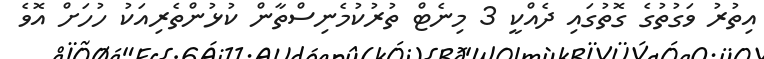
އިތުރު ވަގުތުގެ ގޮތުގައި ދެއްކީ 3 މިނެޓް ތުރުކުމެނިސްތާން ކުޅުންތެރިއަކު ހުހަށް އޮވެ